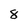
Character: 8